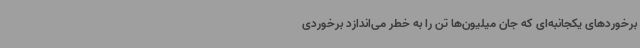
برخوردهای یکجانبه‌ای که جان میلیون‌ها تن را به خطر می‌اندازد برخوردی